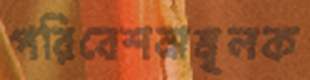
পরিবেশনামূলক